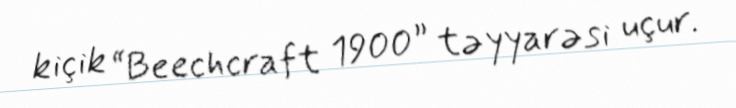
kiçik “Beechcraft 1900” təyyarəsi uçur.